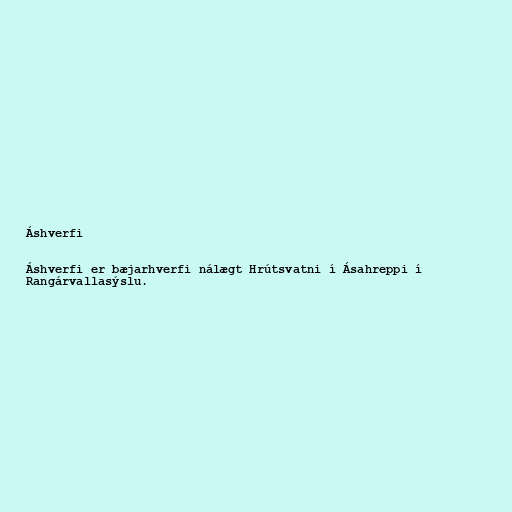
Áshverfi

Áshverfi er bæjarhverfi nálægt Hrútsvatni í Ásahreppi í
Rangárvallasýslu.